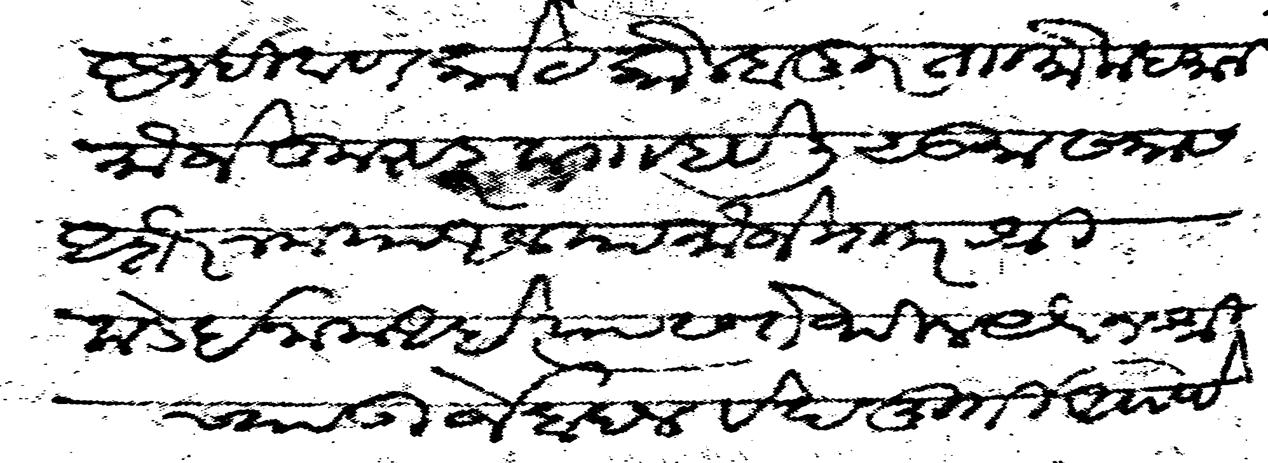
Transliteration (Devanagari): अजदीवाण कोट कोल्हापूर ताा मोकदमानी मौजे कुरडू प्राा हवेली सुमा सलास अशैरन मया अलफ मौजे मर श्रीकडे ईनाम आहे त्यास तेथील यैवज श्रीच्या उर्जेबदल वेदमूर्ती अप्पा